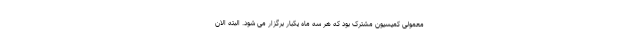
معمولی کمیسیون مشترک بود که هر سه ماه یکبار برگزار می شود. البته الان